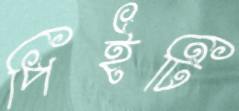
পিইটি